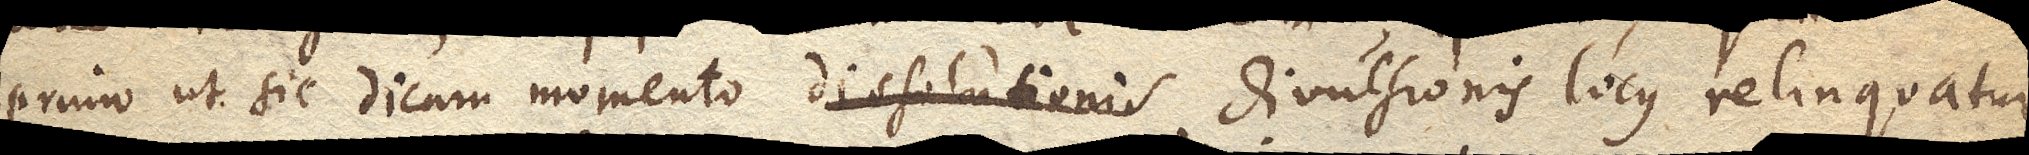
primo ut sic dicam momento dissolutionis divulsionis locus relinquatur